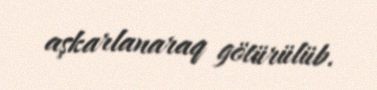
aşkarlanaraq götürülüb.